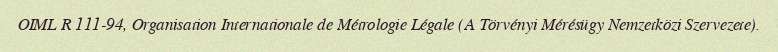
OIML R 111-94, Organisation Internationale de Métrologie Légale (A Törvényi Mérésügy Nemzetközi Szervezete).